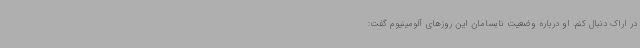
در اراک دنبال کنم. او درباره وضعیت نابسامان این روزهای آلومینیوم گفت: